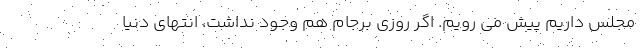
مجلس داریم پیش می رویم. اگر روزی برجام هم وجود نداشت، انتهای دنیا